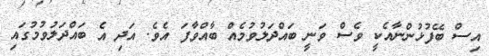
އިސް ބޭފުޅުންނާއެކީ ވެސް ވަނީ ބައްދަލުވުމެއް ބާއްވާފަ އެވެ. އަދި އެ ބައްދަލުވުމުގައި